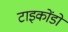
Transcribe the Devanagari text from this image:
टाइकोंडों